Vital statistics of India. Vol. VI, European troops 1870-79
Year: 1870
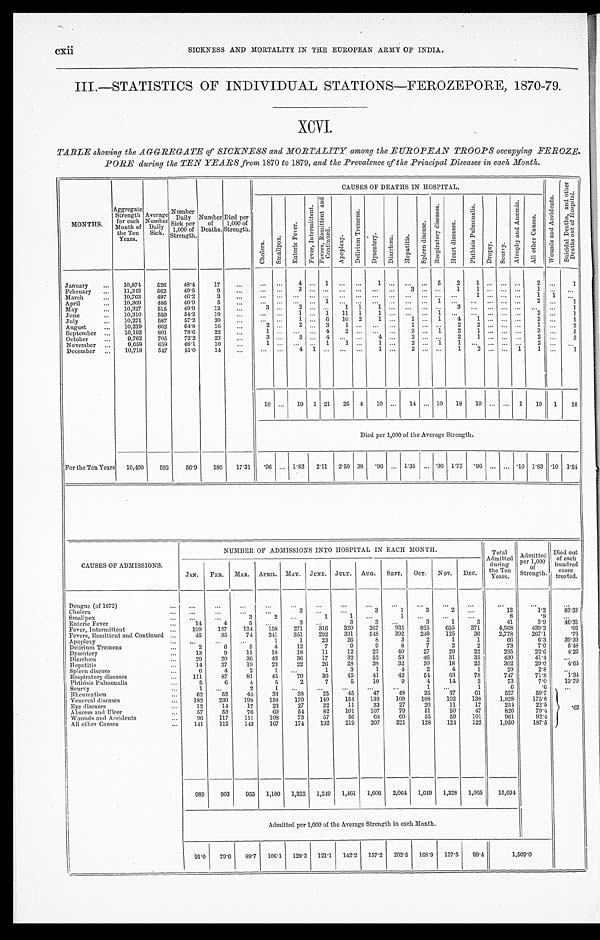
cxii.
SICKNESS AND MORTALITY IN THE EUROPEAN ARMY OF INDIA.
III.—STATISTICS OF INDIVIDUAL STATIONS—FEROZEPORE, 1870-79.
XCVI.
TABLE showing the AGGREGATE of SICKNESS and MORTALITY among the EUROPEAN TROOPS occupying FEROZE.
PORE during the TEN YEARS from 1870 to 1879, and the Prevalence of the Principal Diseases in each Month.
MONTHS.
Aggregate Strength for each
Month of
the Ten
Years.
Average Number Daily Si ck.
Number Daily S i c k p e r
1,000 of
Strength
Number o f
Deaths.
Died per
1,000 of
Strength.
CAUSES OF DEATHS IN HOSPITAL.
W o u n d s a n d A c c i d e n t s .
S u i c i d a l D e a t h s , a n d o t h e r D e a t h s o u t o f H o s p i t a l .
C h o l e r a .
S m a l l p o x .
E n t e r i c F e v e r .
F e v e r , I n t e r m i t t e n t .
F e v e r s , R e m i t t e n t a n d
C o n t i n u e d .
A p o p l e x y .
D e l i r i u m T r e m e n s .
D y s e n t e r y . D i a r r h œ a . H e p a t i t i s .
S p l e e n d i s e a s e .
R e s p i r a t o r y d i s e a s e s .
H e a r t d i s e a s e s .
P h t h i s i s P u l m o n a l i s .
Dr o p s y . S c u r v y .
A t r o p h y a n d A n æ m i a .
A l l o t h e r C a u s e s .
January
10,874 526 48.4 17
4
1
1
5 2 1
2
1
February
11,343 562 49.5
9
3
3
1
1
1
March
10,763 497 46.2 3
1
1 1
April
10,369 486 46.9
5
1
1
2
1
May
10,327 515 49.9 12
3
2
1 1
1
3
1
June
10,310 559 54.2 19
1
1 11 1 1
1
2
1
July
10,271 587 57.2 30
1
6 10 2 1
1
1
4 1
2
1
August
10,219 662 64.8
1 6
2
2
3 1
1
2 2
1
2
September
10,192 801 78.6 22
1
4 2
3 1
2 1
3
5
October
9,762 705 72.2 23
3
2
4
4
2
2 1
2
3
November
9,658 658 68.1 10
1
1 1
1
2 1 1
2
December
10,718 547 51.0 14
4 1
1
2
1 2
1 1
1
10
19 1 21 26 4 10
14
10 18 10
1 19 1 16
Died per 1,000 of the Average Strength.
For the Ten Years 10,400 592 56.9 180 17.31 . 9 6 1.83 2 . 1 1
2. 50 3 8 . 9 6
1. 35 .96 1 . 7 3 . 9 6
.10 1 . 8 3 .10 1 . 5 4
CAUSES OF ADMISSIONS.
NUMBER OF ADMISSIONS INTO HOSPITAL IN EACH MONTH.
Total
Admitted during
the Ten
Years.
Admitted per 1,000
of
Strength.
Died out
of each
hundred cases
treated.
JAN. FEB. MAR. APRIL. MAY. JUNE. JULY. AUG. SEPT. OCT. NOV. DEC.
Dengue (of 1872)
Cholera
3
3
1
3
2
12
1.2 83. 33
Smallpox
3
2
1
1
1
8
.8
Enteric Fever
14
4
5
3
3
3
3
1
5
41
3.9
4 6 . 3 5
Fever, Intermittent
199 127 124 158 271
3 1 6 320 267
9 3 5 825 655 371 4,568 439.2
.02
Fevers, Remittent and Continued
45 35 74 241 351 292 391 548 392 248 125 36 2,778 267.1
. 76
Apoplexy
1
1 23 26
8
3
2
1
1
66
6.3 39. 39
Delirium Tremens
2
6
5
4 12
7
9
9
8
7
2
2
73
7.0 5. 48
Dysentery
13
9 11 18 18 11 12 25 40 27 29 22
235
22.6 4. 26
Diarrhœa
29 20 36 43 36 17 32 52 53 46 31 35
430
41.4
Hepatitis
1 4 27 19 23 22 26 28 38 32 30 18 25
302
29.0 4. 64
Spleen disease
6
4
2
1
1
3
1
4
2
4
1
29
2.8
Respiratory diseases
111 87 81 45 70 30 45 41 42 54 63 78
747
71.8 1. 34
Phthisis Pulmonalis
5
6
4
5
2
7
5 10
9
4 14
2
73
7.0 13. 70
S c u r v y
1
2
1
1
1
6
. 6
Rheumatism
62 52 44 33 38 25
4 5
4 7
4 8
3 5
3 7
6 1
5 2 7
5 0 . 7
.62
Venereal diseases
182 230 198 158 170 140 154
1 3 9
1 0 9
1 0 8
1 0 2
1 3 8 1,828 175.8
Eye diseases
1 2 14 17 23 27 22
1 1
3 3
2 7
2 0
1 1
1 7
2 3 4
2 2 . 5
Abscess and Ulcer
57 53 76 69 54 82
1 0 1
1 0 7
7 9 51 50
4 7
8 2 6
7 9 . 4
Wounds and Accidents
9 6 117 111 108 73 57
5 6
6 8
6 0
5 5
5 9
1 0 1
9 6 1
9 2 . 4
All other Causes
1 4 1
112 143 167 174 192 219 207 221 128 124 122 1,950 187.5
989 903 955 1,100 1,325 1,249 1,461 1,606 2,064 1,649 1,328 1,065 15,694
Admitted per 1,000 of the Average Strength in each Month.
91.0 79. 6 88.7 106.1 128.3 121.1 142.2 157.2 202.5 168.9 137.5 99.4
1 , 5 0 9 . 0